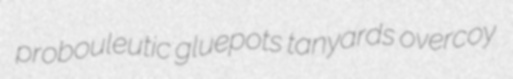
probouleutic gluepots tanyards overcoy